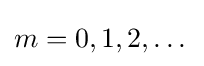
m=0,1,2,\dots